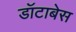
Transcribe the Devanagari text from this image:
डॉटाबेस